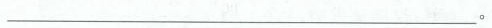
___。